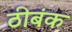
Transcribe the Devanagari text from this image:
ठीबंक